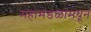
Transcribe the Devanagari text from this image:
महामंडळांमधून